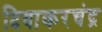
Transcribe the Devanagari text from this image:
दिवाकरचंद्र